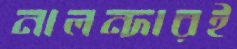
নালন্দারই